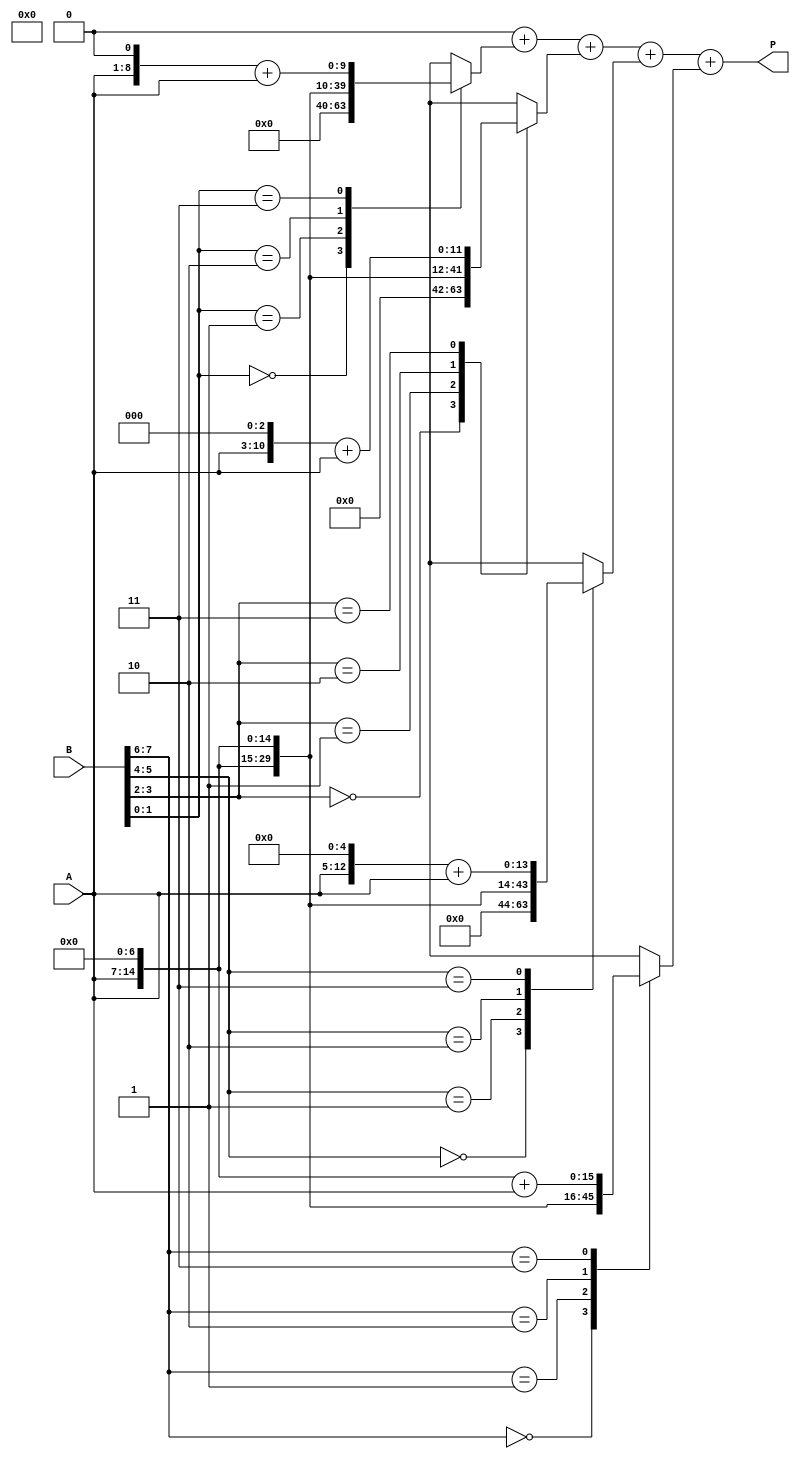
module radix4_multiplier (
    input [n-1:0] A, // Multiplicand
    input [n-1:0] B, // Multiplier
    output reg [2*n-1:0] P // Product
);
    parameter n = 8; // Bit width of inputs

    reg [2*n-1:0] partial_products [0:n/2-1]; // Array to hold partial products
    integer i;

    // Generate partial products based on the Radix-4 algorithm
    always @(*) begin
        // Initialize partial products to zero
        for (i = 0; i < n/2; i = i + 1) begin
            partial_products[i] = 0;
        end

        // Generate partial products based on pairs of bits from B
        for (i = 0; i < n/2; i = i + 1) begin
            case (B[2*i +: 2]) // Select 2 bits from B
                2'b00: partial_products[i] = 0; // 00 -> 0
                2'b01: partial_products[i] = A << (2*i); // 01 -> A
                2'b10: partial_products[i] = A << (2*i + 1); // 10 -> A << 1
                2'b11: partial_products[i] = (A << (2*i + 1)) + A; // 11 -> A + (A << 1)
                default: partial_products[i] = 0; // Default case
            endcase
        end

        // Accumulate partial products
        P = 0; // Initialize product to zero
        for (i = 0; i < n/2; i = i + 1) begin
            P = P + partial_products[i]; // Sum all partial products
        end
    end
endmodule